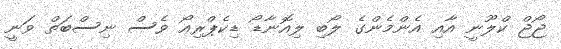
ޖޯޖް ކްލޫނީ އާއި އެންމެންގެ ލޯބި ލިއޮނާޑޯ ޑިކެޕްރިއޯ ވެސް ނިސްބަތް ވަނީ